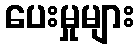
ပေးမှုများ